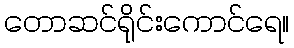
တောဆင်ရိုင်းကောင်ရေ။